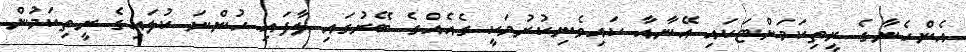
އެންހެނާގެ ރީތިކަމަށްޓަކައި އޭނާއާ ކައިވެނިކުރުމަކީ ގެއެއްގެ ބޭރުގައި ލާފައި ހުންނަ ކުލައިގެ ރީތިކަމުން